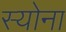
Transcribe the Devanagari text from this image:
स्योना